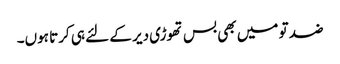
ضد تو میں بھی بس تھوڑی دیر کے لئے ہی کرتا ہوں۔